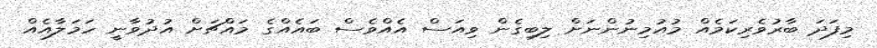
މިފަދަ ބާރުވެރިކަމެއް މުއުމިނުންނަށް ލިބިގެން ވިއަސް އެއްވެސް ބައެއްގެ މައްޗަށް އުދުވާނީ ހަމަލާއެއް